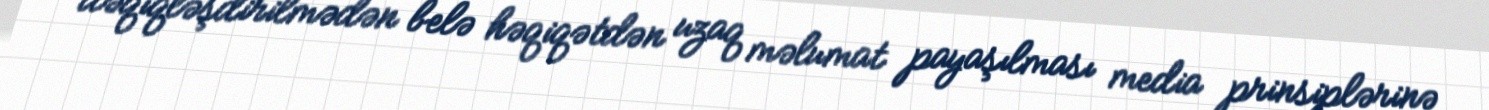
dəqiqləşdirilmədən belə həqiqətdən uzaq məlumat payaşılması media prinsiplərinə